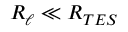
R _ { \ell } \ll R _ { T E S }